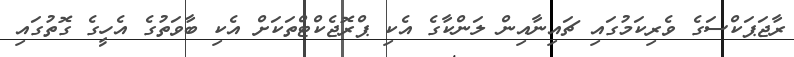
ރާޖަޕަކްސަގެ ވެރިކަމުގައި ޗައިނާއިން ލަންކާގެ އެކި ޕްރޮޖެކްޓްތަކަށް އެކި ބާވަތުގެ އެހީގެ ގޮތުގައި